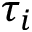
\tau _ { i }